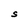
Character: S